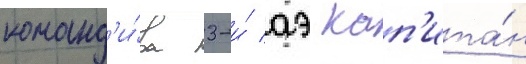
команд'и́ра 3-и́ аэ кап'ита́н